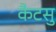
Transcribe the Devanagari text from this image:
कैटसु